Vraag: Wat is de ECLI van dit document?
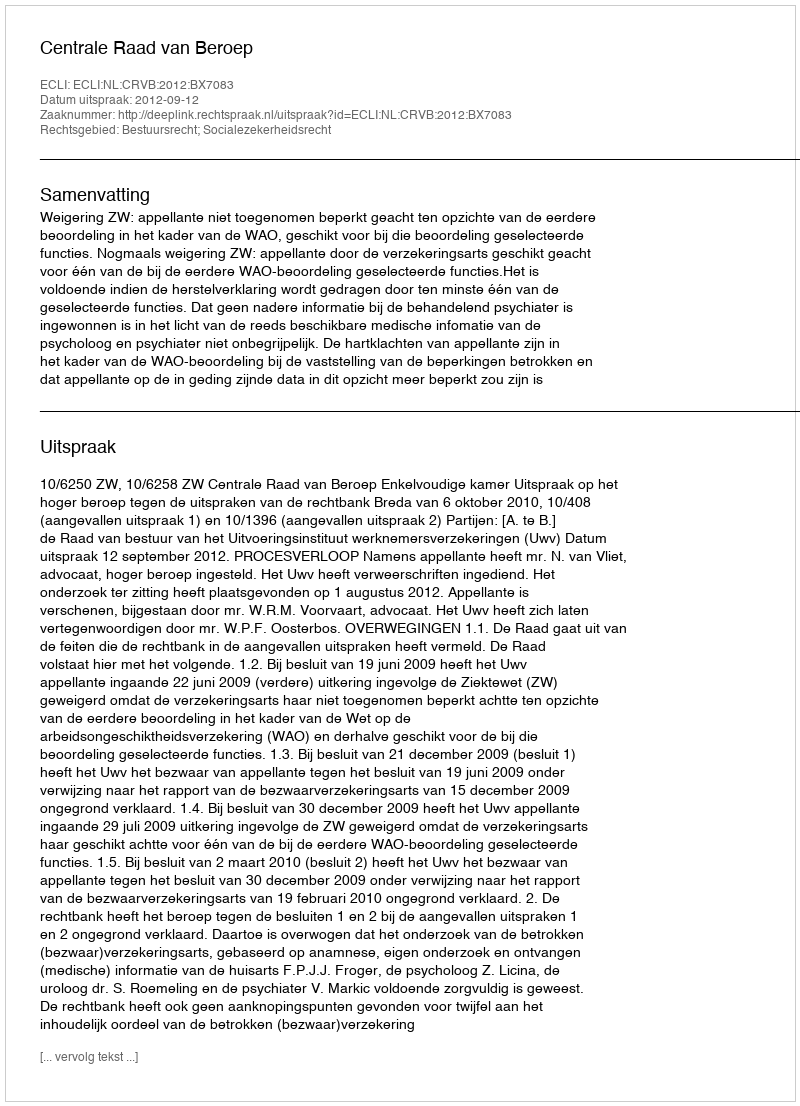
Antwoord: ECLI:NL:CRVB:2012:BX7083